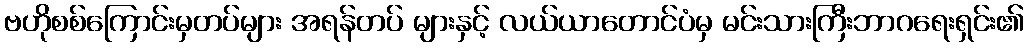
ဗဟိုစစ်ကြောင်းမှတပ်များ အရန်တပ် များနှင့် လယ်ယာတောင်ပံမှ မင်းသားကြီးဘာဂရေးရှင်း၏